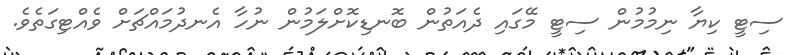
ސިޓީ ކިޔާ ނިމުމުން ސިޓީ މޭގައި ދެއަތުން ބޮނޑިކޮށްލަމުން ނުހާ އެނދުމައްޗަށް ވެއްޓިގަތެވެ.